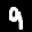
Label: 9